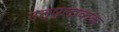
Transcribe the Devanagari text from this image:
उत्प्लावाक